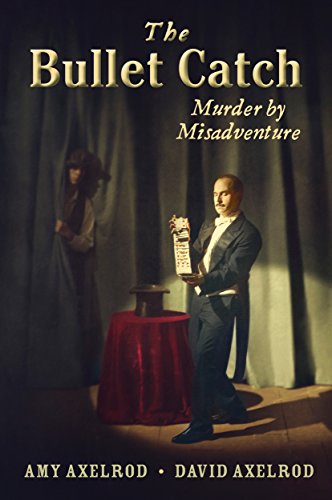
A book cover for The Bullet Catch: Murder by Misadventure; Amy Axelrod; Teen & Young Adult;